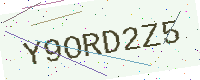
Text: Y9ORD2Z5